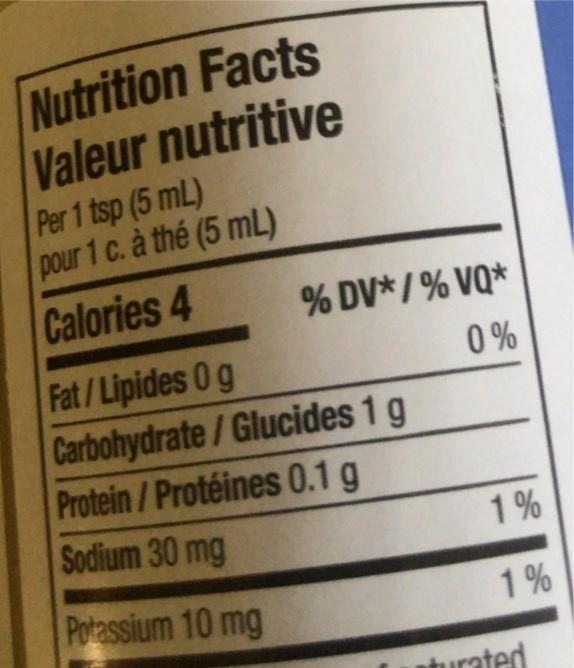
Nutrition Facts Valeur nutritive
Per 1 tsp (5 mL) pour 1 c. à thé (5 mL) Calories 4
% DV*/ % VQ*
Fat/Lipides 0g Carbohydrate/Glucides 1 g Protein/Protéines 0.1 g
0%
Sodium 30 mg
1%
Potassium 10 mg
1%
turated